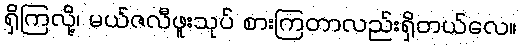
ရှိကြလို့၊ မယ်ဇလီဖူးသုပ် စားကြတာလည်းရှိတယ်လေ။